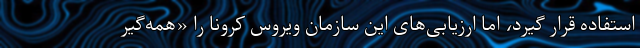
استفاده قرار گیرد، اما ارزیابی‌های این سازمان ویروس کرونا را «همه‌گیر